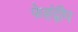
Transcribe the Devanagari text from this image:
फेहंद्वीप